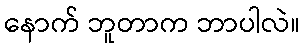
နောက် ဘူတာက ဘာပါလဲ။